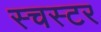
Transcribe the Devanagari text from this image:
स्चस्टर